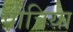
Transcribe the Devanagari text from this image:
पौत्रिया